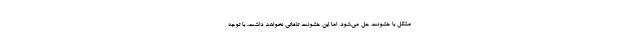
مشکل با خشونت حل می‌شود، اما این خشونت تلفاتی نخواهد داشت. با توجه